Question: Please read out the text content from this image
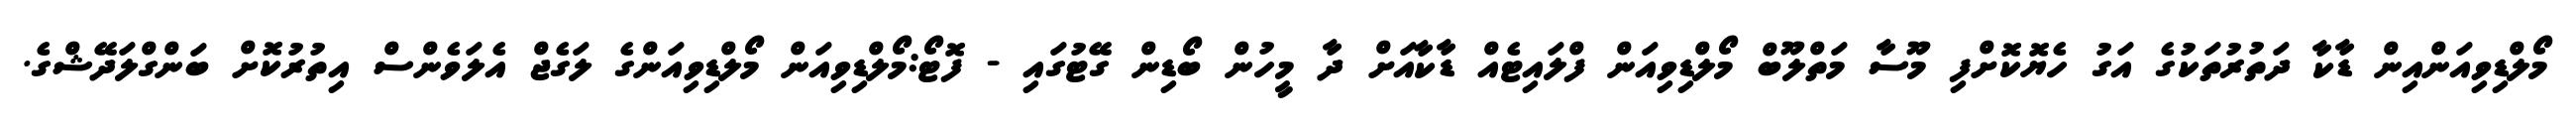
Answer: މޯލްޑިވިއަންއިން ޑާކާ ދަތުރުތަކުގެ އަގު ހެޔޮކޮށްފި މޫސާ މަތްލޫބް މޯލްޑިވިއަން ފްލައިޓެއް ޑާކާއަށް ދާ މީހުން ބޯޑިން ގޭޓުގައި - ފޮޓޯ:މޯލްޑިވިއަން މޯލްޑިވިއަންގެ ލަގެޖް އެލަވެންސް އިތުރުކޮށް ބަންގްލަދޭޝްގެ.